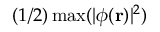
( 1 / 2 ) \operatorname* { m a x } ( | \protect \phi ( \mathbf { r } ) | ^ { 2 } )